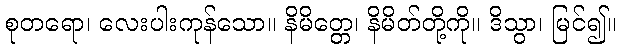
စုတရော၊ လေးပါးကုန်သော။ နိမိတ္တေ၊ နိမိတ်တို့ကို။ ဒိသွာ၊ မြင်၍။